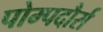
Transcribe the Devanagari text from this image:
पोम्पदौर्स